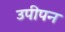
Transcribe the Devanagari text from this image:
उपीपन